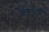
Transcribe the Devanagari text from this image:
निंवार्काचार्य